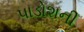
પાડોશની